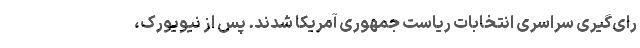
رای‌گیری سراسری انتخابات ریاست جمهوری آمریکا شدند. پس از نیویورک،